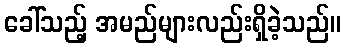
ခေါ်သည့် အမည်များလည်းရှိခဲ့သည်။